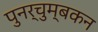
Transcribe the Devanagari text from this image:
पुनर्चुम्बकन